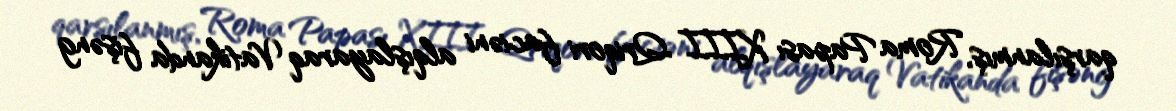
qarşılanmış, Roma Papası XIII Qriqori faciəni alqışlayaraq Vatikanda fişəng